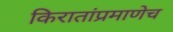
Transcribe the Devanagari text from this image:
किरातांप्रमाणेच